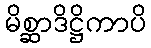
မိစ္ဆာဒိဋ္ဌိကာပိ